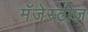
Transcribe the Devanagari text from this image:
मॅजेस्टीज़